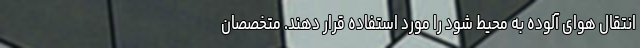
انتقال هوای آلوده به محیط شود را مورد استفاده قرار دهند. متخصصان